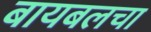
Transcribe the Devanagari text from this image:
बायबलचा